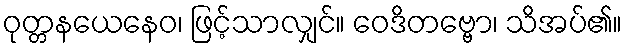
ဝုတ္တနယေနေဝ၊ ဖြင့်သာလျှင်။ ဝေဒိတဗ္ဗော၊ သိအပ်၏။